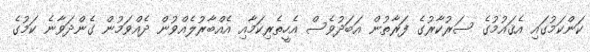
ކަންކަމުގައި އެޤައުމުގެ ސަރުކާރުގެ ފަރާތުން އަބަދުވެސް އެހީތެރިކަމާއި އެއްބާރުލެއްވުން ދެއްވަމުން ގެންދަވާނެ ކަމުގެ